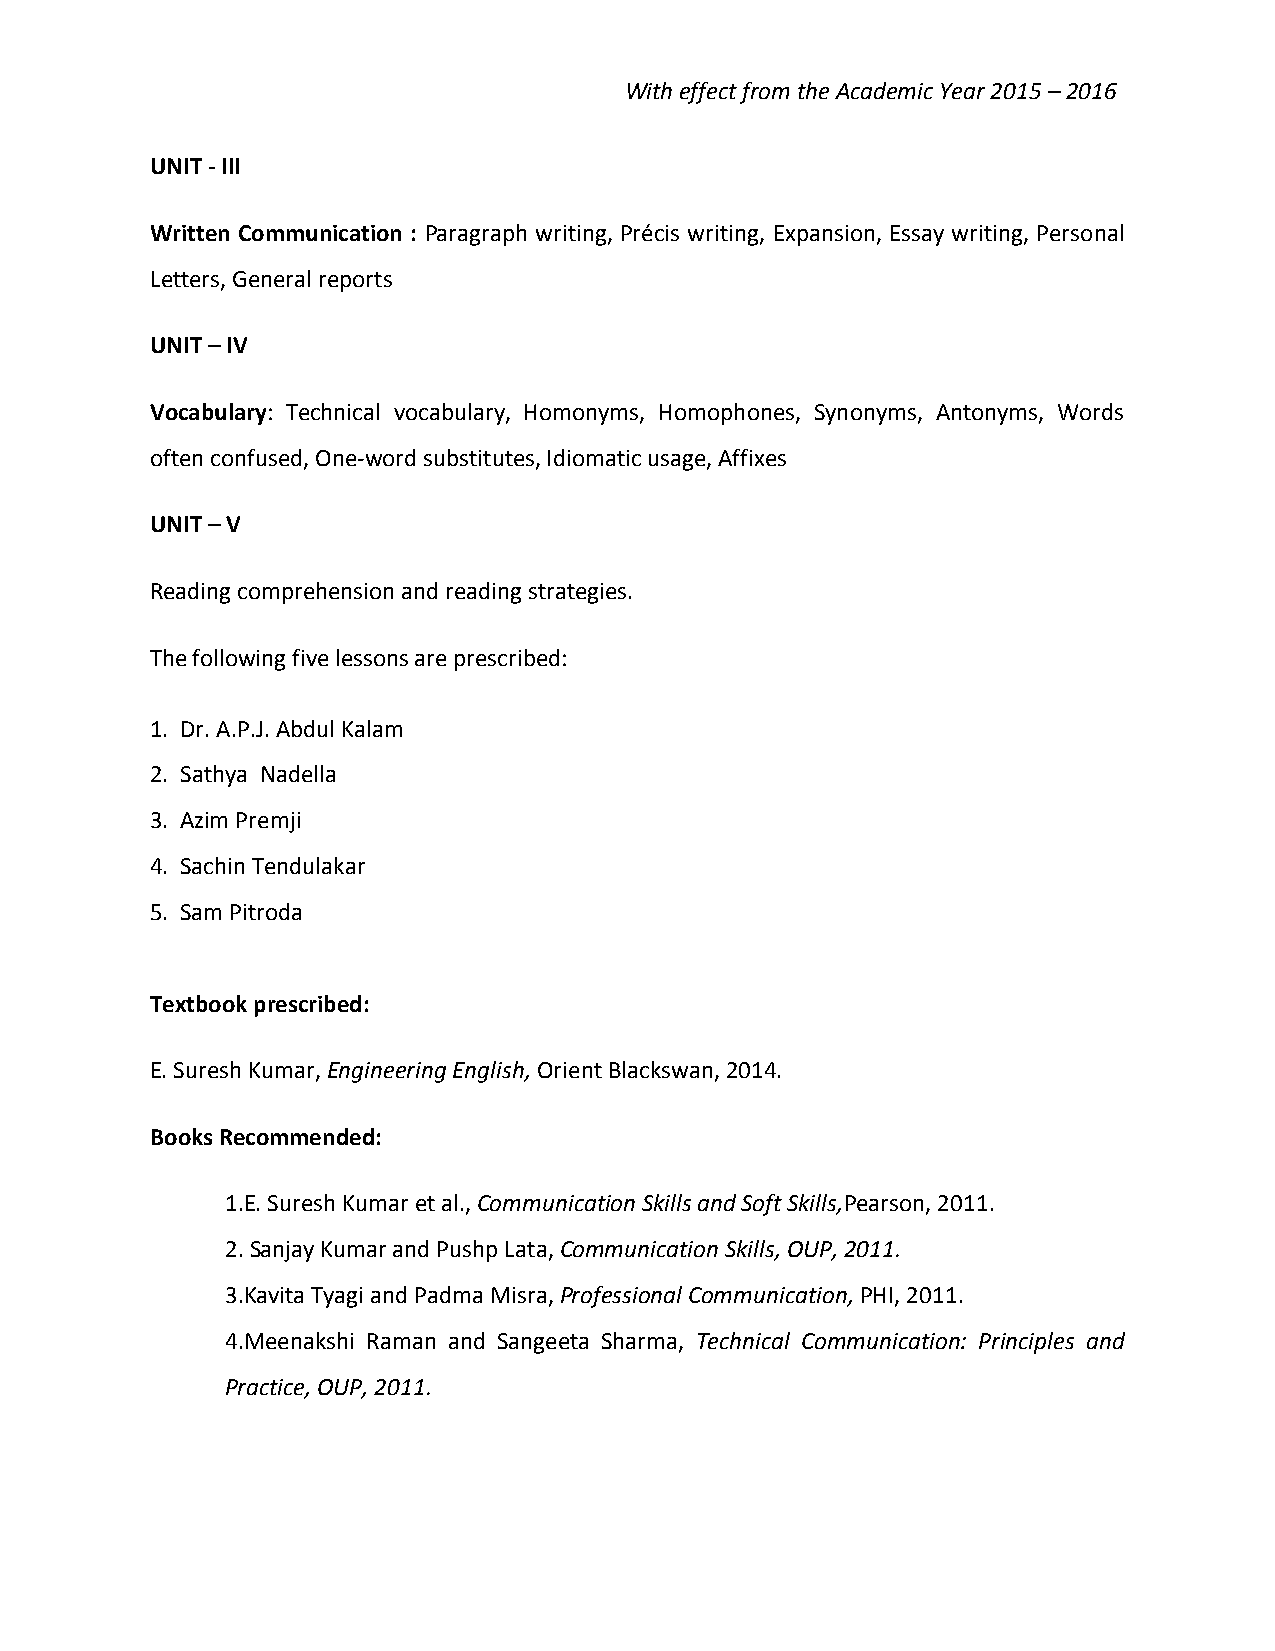
With effect from the Academic Year 2015 – 2016
 UNIT - III
 Written Communication : Paragraph writing, Précis writing, Expansion, Essay writing, Personal
 Letters, General reports
 UNIT – IV
 Vocabulary: Technical vocabulary, Homonyms, Homophones, Synonyms, Antonyms, Words
 often confused, One-word substitutes, Idiomatic usage, Affixes
 UNIT – V
 Reading comprehension and reading strategies.
 The following five lessons are prescribed:
 1. Dr. A.P.J. Abdul Kalam
 2. Sathya Nadella
 3. Azim Premji
 4. Sachin Tendulakar
 5. Sam Pitroda
 Textbook prescribed:
 E. Suresh Kumar, Engineering English, Orient Blackswan, 2014.
 Books Recommended:
 1.E. Suresh Kumar et al., Communication Skills and Soft Skills,Pearson, 2011.
 2. Sanjay Kumar and Pushp Lata, Communication Skills, OUP, 2011.
 3.Kavita Tyagi and Padma Misra, Professional Communication, PHI, 2011.
 4.Meenakshi Raman and Sangeeta Sharma, Technical Communication: Principles and
 Practice, OUP, 2011.